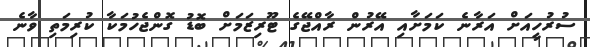
ސުރުހީއަށް އަރާނެ ކަމަށާއި އޭރުން ރާއްޖޭގެ ޓޫރިޒަމަށް ބޮޑު ގޮންޖެހުމަކާ ކުރިމަތި ވާނެ